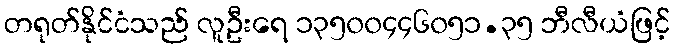
တရုတ်နိုင်ငံသည် လူဦးရေ ၁၃၅၀၀၄၄၆၀၅၁.၃၅ ဘီလီယံဖြင့်